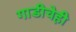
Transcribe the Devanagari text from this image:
गाडीचेही